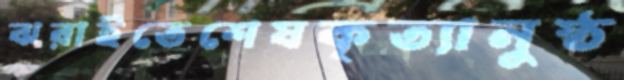
ঝরাইতেশেষকৃত্যানুষ্ঠ